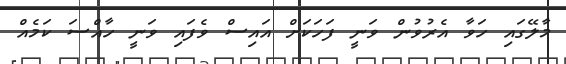
މާލޭގައި ހަވާ އެރުވުން ވަނީ ފަހަކަށް އައިސް ވެފައި ވަނީ ހާއްސަ ކަމެއް